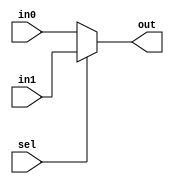
module mux24(sel, in0, in1, out);

input sel;
input [23:0] in0, in1;
output [23:0] out;

assign out = (sel)? in1 : in0;

endmodule